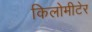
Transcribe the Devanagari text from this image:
किलोमीटेर